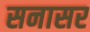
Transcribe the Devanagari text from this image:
सनासर